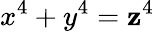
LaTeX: x^{4}+y^{4}=\mathbf{z}^{4}